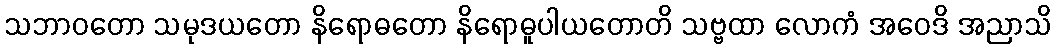
သဘာဝတော သမုဒယတော နိရောဓတော နိရောဓူပါယတောတိ သဗ္ဗထာ လောကံ အဝေဒိ အညာသိ